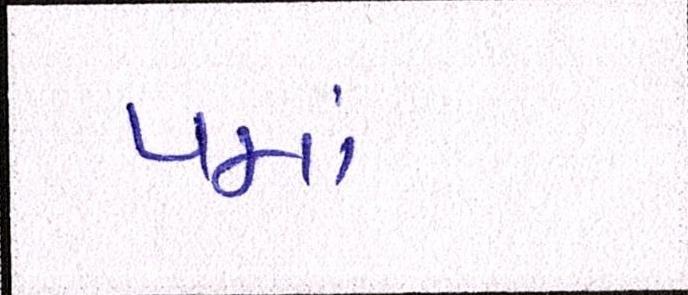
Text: પમાં